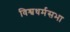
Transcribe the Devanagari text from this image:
विश्वधर्मसभा